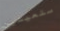
ستعيشين